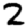
Digit: 2